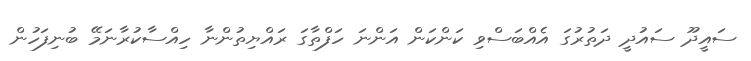
ސައީދޫޫޫޫ ސައުދީ ދަތުރުގަ އެއްބަސްވި ކަންކަން އަންނަ ހަފްތާގަ ރައްޔިތުންނާ ހިއްސާކުރާނަމޭ ބުނިފަހުން